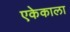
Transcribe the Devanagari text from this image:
एकेकाला